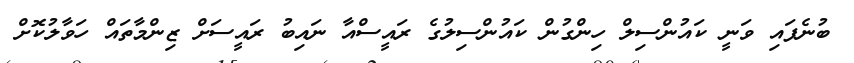
ބުނެފައި ވަނީ ކައުންސިލް ހިންގުން ކައުންސިލުގެ ރައީސްއާ ނައިބު ރައީސަށް ޒިންމާތައް ހަވާލުކޮށް